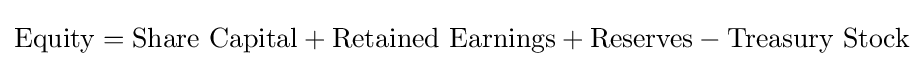
{\text{Equity}}={\text{Share Capital}}+{\text{Retained Earnings}}+{\text{Reserves}}-{\text{Treasury Stock}}